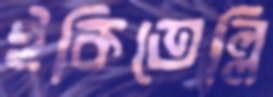
ইকিতেল্লি